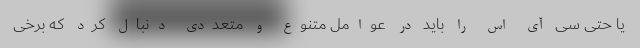
یا حتی سی آی اس را باید در عوامل متنوع و متعددی دنبال کرد که برخی